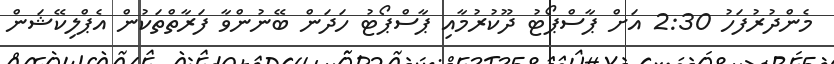
މެންދުރުފަހު 2:30 އަށް ޕާސްޕޯޓު ދޫކުރުމާއި ޕާސްޕޯޓު ހަދަން ބޭނުންވާ ފަރާތްތަކުން އެޕްލިކޭޝަން